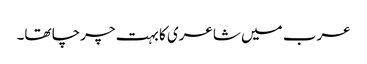
عرب میں شاعری کا بہت چرچا تھا۔